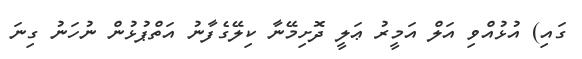
ގައި) އުޅުއްވި އަލް އަމީރު ޢަލީ ދޮށިމޭނާ ކިލޭގެފާނު އަތްޕުޅުން ނުހަނު ގިނަ